Vaccination in Bombay 1889-1901 - 1889-1901
Year: 1889
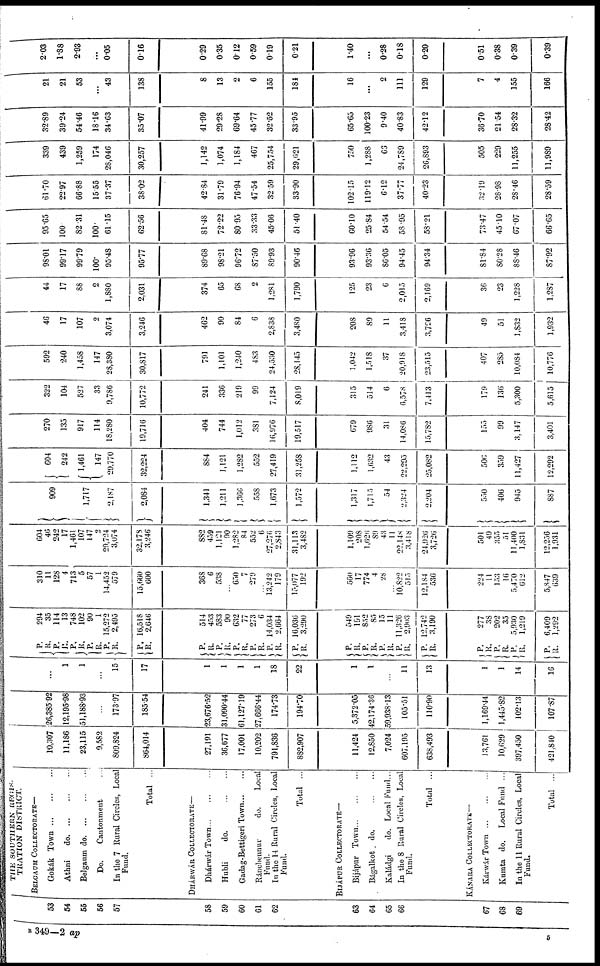
53
54
55
56
57
58
59
60
61
62
63
64
65
66
67
63
69
THE SOUTHERN REGIS¬
TRATION DISTRICT.
BELGAUM COLLECTORATE—
Gokák Town
...
...
...
Athni
do. ... ... ...
Belgaum
do. ... ... ...
Do.
Cantonment ...
In the 7 Rural Circles, Local
Fund.
Total ...
DHÁRWÁR COLLECTORATE—
Dhárwár Town
...
...
...
Hubli
do.
...
...
Gadag-Bettigeri Town ... ...
Ránchennur do. Local
Fund.
In the 14 Rural Circles, Local
Fund.
Total ...
BIJÁPUR COLLECTORATE—
Bijápur Town
...
...
...
Bágalkot do.
...
...
Kaládgi
do. Local Fund...
In the 8 Rural Circles, Local
Fund.
Total ...
KÁNARA COLLECTORATE—
Kánwár Town
...
...
...
Kumta do. Local Fund ...
In the 11 Rural Circles, Local
Fund.
Total ...
10,307
11,186
23,115
9,582
809,824
864,014
27,191
36,677
17,001
10,202
791,836
882,907
11,424
12,850
7,024
607,195
638,493
13,761
10,629
397,450
421,840
26,385.92
12,195.98
51,188.93
...
173.97
185.54
23,676.52
31,090.44
61,127.19
27,666.44
174.73
194.70
5,372.05
42,174.36
59,938.13
105.51
110.90
1,169.44
1,445.82
102.13
107.87
...
1
1
...
15
17
1
1
1
1
18
22
1
1
...
11
13
1
1
14
16
P.
R.
P.
R.
P.
R.
P.
R.
P.
R.
P.
R.
P.
R. P.
R.
P.
R.
P.
R.
P.
R.
P.
R.
P. R.
P.
R.
P.
R.
P.
R.
P.
R.
P.
R.
P.
R.
P.
R.
P.
R.
294
35
114
13
748
102
90
1
15,272
2,495
16,518
2,646
514
453
583
90
632
77
273
6
14,034
2,664
16,036
3,290
549
191
852
85
15
11
11,326
2,903
12,742
3,190
277
38
202
35
5,930
1,219
6,409
1,292
310
11
128
4
713
5
57
1
14,452
579
15,660
600
368
6
538
...
650
7
279
...
13,242
179
15,077
192
560
17
774
4
28
...
10,822
515
12,184
536
224
11
153
16
5,470
612
5,847
639
604
46
242
17
1,461
107
147
2
29,724
3,074
32,178
3,246
882
459
1,121
90
1,282
84
552
6
27,276
2,843
31,113
3,482
1,109
208
1,626
89
43
11
22,148
3,418
24,926
3,726
501
49
355
51
11,400
1,831
12,256
1,931
909
1,717
2,187
2,084
1,341
1,211
1,366
558
1,673
1,572
1,317
1,715
54
2,324
2,204
550
406
945
887
604
242
1,461
147
29,770
32,224
884
1,121
1,282
552
27,419
31,258
1,112
1,632
43
22,295
25,082
506
359
11,427
12,292
270
135
917
114
18,280
19,716
404
744
1,012
381
16,976
19,517
679
986
31
14,086
15,782
155
99
3,147
3,401
322
104
527
33
9,786
10,772
241
336
219
99
7,124
8,019
315
514
6
6,578
7,413
179
136
5,300
5,615
592
240
1,458
147
28,380
30,817
791
1,101
1,240
483
24,530
28,145
1,042
1,518
37
20,918
23,515
407
285
10,084
10,776
46
17
107
2
3,074
3,246
462
90
84
6
2,838
3,480
208
89
11
3,418
3,726
49
51
1,832
1,932
44
17
88
2
1,880
2,031
374
65
68
2
1,281
1,790
125
23
6
2,015
2,169
36
23
1,228
1,287
98.01
99.17
99.79
100.
95.48
95.77
89.68
98.21
96.72
87.50
89.93
90.46
93.96
93.36
86.05
94.45
94.34
81.84
80.28
88.46
87.92
95.65
100.
82.31
100.
61.15
62.56
81.48
72.22
80.95
33.33
45.06
51.40
60.10
25.84
54.54
58.95
58.21
73.47
45.10
67.07
66.65
61.70
22.97
66.88
15.55
37.37
38.02
42.84
31.79
76.94
47.54
32.59
33.90
102.15
119.12
6.12
37.77
40.23
32.19
28.98
28.46
28.59
339
439
1,259
174
28,046
30,257
1,142
1,074
1,184
467
25,754
29,621
750
1,288
66
24,789
26,893
505
229
11,255
11,989
32.89
39.24
54.46
18.16
34.63
35.07
41.99
29.28
69.64
45.77
32.52
33.95
65.65
100.23
9.40
40.83
42.12
36.70
21.54
28.32
28.42
21
21
53
...
43
138
8
13
2
6
155
184
16
...
2
111
129
7
4
155
166
2.03
1.88
2.93
...
0.05
0.16
0.29
0.35
0.12
0.59
0.19
0.21
1.40
...
0.28
0.18
0.20
0.51
0.38
0.39
0.39
B 349—2 ap
5